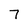
Character: 7